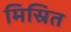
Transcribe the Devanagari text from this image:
मिस्रित